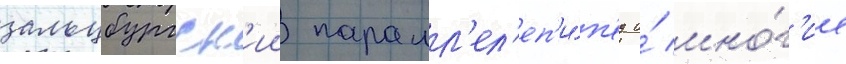
зальцбургск'ии паралл'ел'еп'и́п'ед и́ мно́г'ие